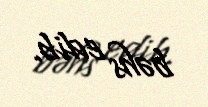
bəhs edib.